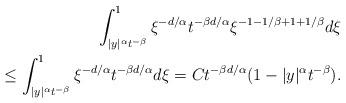
LaTeX: \begin{align*}\int_{|y|^{\alpha}t^{-\beta}}^{1}\xi^{-d/\alpha}t^{-\beta d/\alpha}\xi^{-1-1/\beta +1+1/\beta}d\xi \\\le \int_{|y|^{\alpha}t^{-\beta}}^{1}\xi^{-d/\alpha}t^{-\beta d/\alpha}d\xi = C t^{-\beta d/\alpha}(1 - |y|^{\alpha}t^{-\beta}).\end{align*}